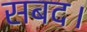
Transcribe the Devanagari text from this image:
सबद।